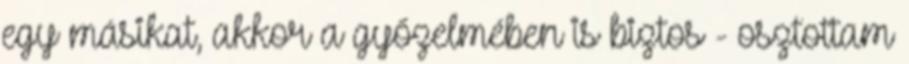
egy másikat, akkor a győzelmében is biztos - osztottam